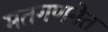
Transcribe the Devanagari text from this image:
मतगणनेत